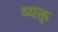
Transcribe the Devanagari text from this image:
व्यक्त्